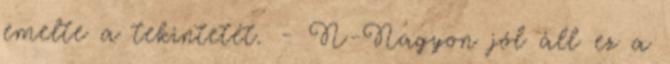
emelte a tekintetét. - N-Nagyon jól áll ez a